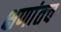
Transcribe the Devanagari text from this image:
क्षणांतच